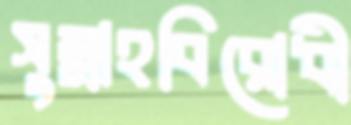
সুন্নাহবিরোধী